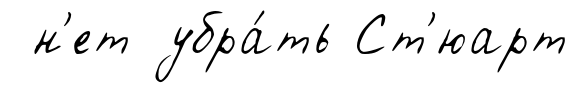
н'ет убра́ть Ст'юарт